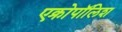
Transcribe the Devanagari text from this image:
एक्रोपॉलिश